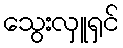
သွေးလှူရှင်